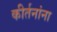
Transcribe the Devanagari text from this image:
कीर्तनांना